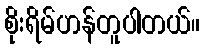
စိုးရိမ်ဟန်တူပါတယ်။